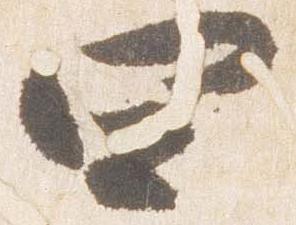
四